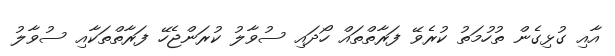
އާއި ގުޅިގެން ތުހުމަތު ކުރެވޭ ފަރާތްތައް ހޯދައި ސުވާލު ކުރަންޖެހޭ ފަރާތްތަކާއި ސުވާލު